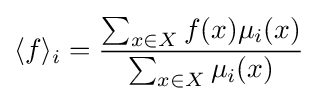
\langle f\rangle _{i}={\frac {\sum _{x\in X}f(x)\mu _{i}(x)}{\sum _{x\in X}\mu _{i}(x)}}